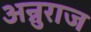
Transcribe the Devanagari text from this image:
अन्नुराज